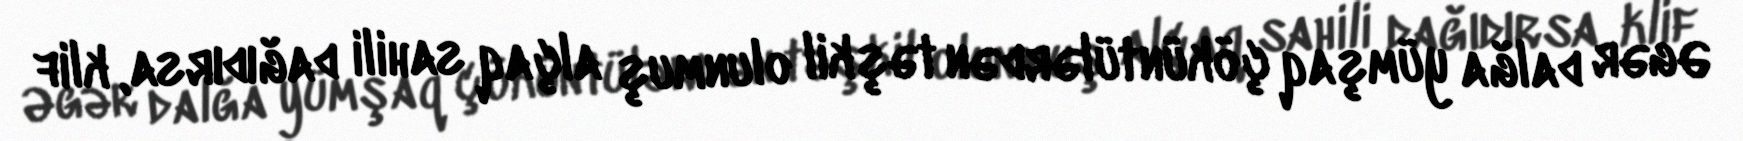
Əgər dalğa yümşaq çöküntülərdən təşkil olunmuş alçaq sahili dağıdırsa, klif